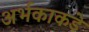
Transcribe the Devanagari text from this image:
अर्भकाकडे